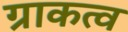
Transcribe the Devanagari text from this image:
ग्राकत्व